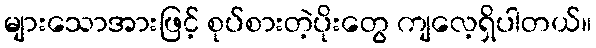
များသောအားဖြင့် စုပ်စားတဲ့ပိုးတွေ ကျလေ့ရှိပါတယ်။